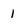
Character: 1